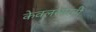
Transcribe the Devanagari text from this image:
केवलरमानी